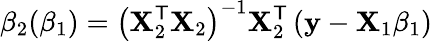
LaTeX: \beta_{2}(\beta_{1})=\left(\mathbf{X}_{2}^{\mathsf{T}}\mathbf{X}_{2}\right)^{-1}\mathbf{X}_{2}^{\mathsf{T}}\left(\mathbf{y}-\mathbf{X}_{1}\beta_{1}\right)